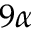
9 \alpha